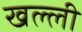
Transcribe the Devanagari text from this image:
खल्ली